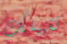
تقبيلك